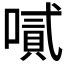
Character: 𠽬